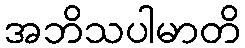
အဘိသပါမာတိ